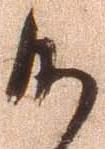
御